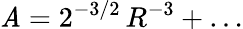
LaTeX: \mathit{A}=2^{-3/2}\, R^{-3}+\dots